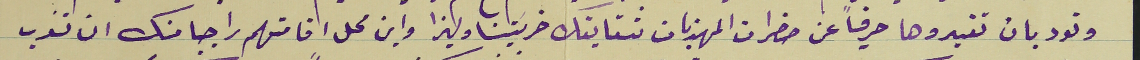
وتود بان تفيدوها حرفياً عن حضرات المهذبات شقايقك خريستنا وليزا واين محل اقامتهم راجيا منك ان تعرب